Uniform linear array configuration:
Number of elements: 32
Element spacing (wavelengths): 1
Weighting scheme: hamming
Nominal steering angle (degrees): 45
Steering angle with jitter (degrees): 45.337
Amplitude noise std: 0.05
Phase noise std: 0.05

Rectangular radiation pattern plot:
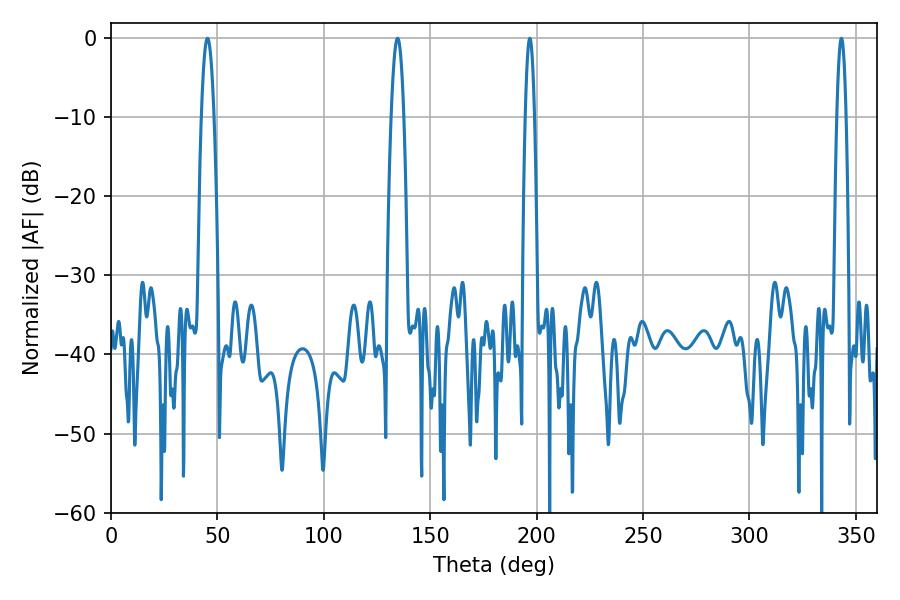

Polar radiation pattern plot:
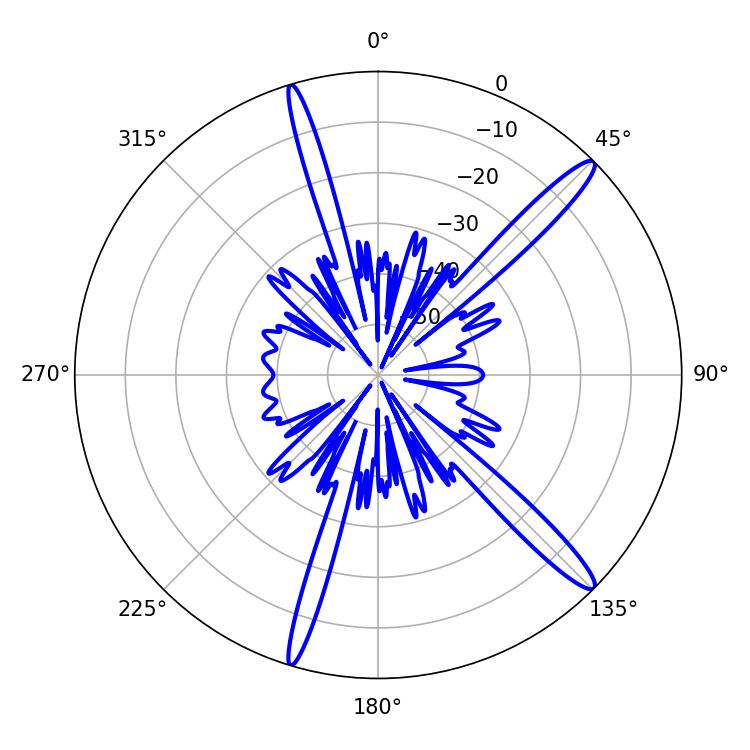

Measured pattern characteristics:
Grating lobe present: TRUE
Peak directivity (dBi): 15.082
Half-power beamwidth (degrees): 3.24
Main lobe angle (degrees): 45.36